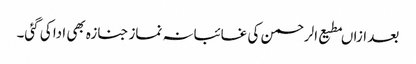
بعد ازاںمطیع الرحمن کی غائبانہ نماز جنازہ بھی ادا کی گئی۔